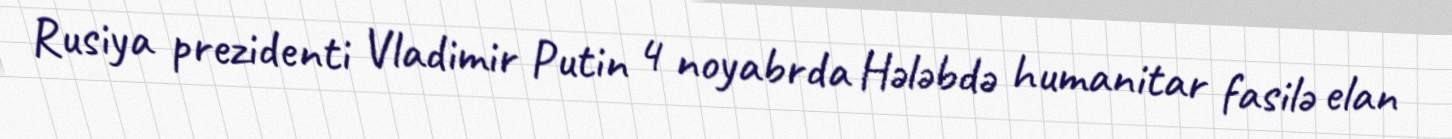
Rusiya prezidenti Vladimir Putin 4 noyabrda Hələbdə humanitar fasilə elan